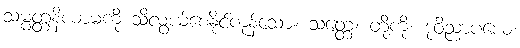
သမ္မတ္တနိယာမကို သိလွယ်စေနိုင်ကုန်သော။ သတ္တေ၊ တို့ကို။ ဒုဝိညာပယေ၊